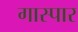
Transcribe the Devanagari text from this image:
गास्पार